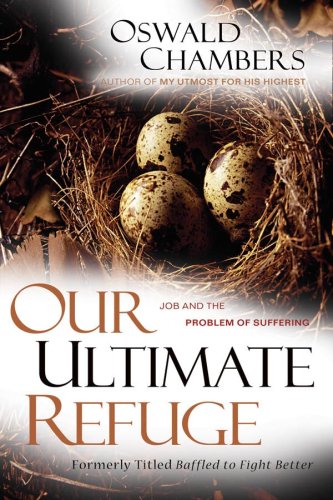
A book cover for Our Ultimate Refuge: Job and the Problem of Suffering; Oswald Chambers; Christian Books & Bibles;